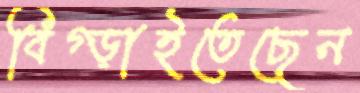
বিগ্‌ড়াইতেছেন